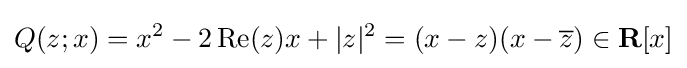
Q(z;x)=x^{2}-2\operatorname {Re} (z)x+|z|^{2}=(x-z)(x-{\overline {z}})\in \mathbf {R} [x]